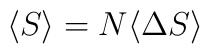
\langle S \rangle =N \langle \Delta S \rangle